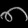
Digit: ၈